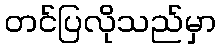
တင်ပြလိုသည်မှာ